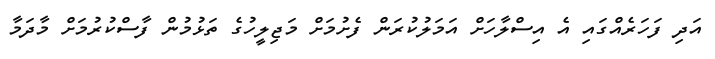
އަދި ފަހަރެއްގައި އެ އިސްލާހަށް އަމަލުކުރަން ފެށުމަށް މަޖިލީހުގެ ތަޅުމުން ފާސްކުރުމަށް މާދަމާ